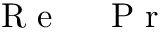
\mathrm { ~ \textit ~ { ~ R ~ e ~ } ~ } \mathrm { ~ \textit ~ { ~ P ~ r ~ } ~ }